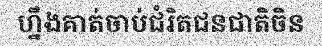
ហ្នឹងគាត់ចាប់ជំរិតជនជាតិចិន